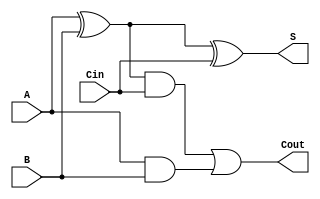
module fulladder_gate_level
(
 input A,
 input B,
 input Cin,
 
 output S, 
 output Cout
 );
 
 
wire  p,r,s;
	xor (p,A,B);
	xor (S,p,Cin);
 
	and(r,p,Cin);
	and(s,A,B);
	or(Cout,r,s);
 
endmodule
module fulladder_data_flow
( input A,
 input B,
 input Cin,
 
 output   S, 
 output   Cout);
 

assign S = A^B^Cin;
assign Cout = (A&B)|(B&Cin)|(Cin&A);
 
endmodule

module fulladder_behav
(
 input A,
 input B,
 input Cin,
 
 output S, 
 output Cout
 );
 
assign {Cout,S} =  Cin + A + B;
 
endmodule


module fulladder_gate_level_tb;
reg A, B, Cin;
wire S, Cout;
 integer i;
fulladder_gate_level FA (.A(A),.B(B) ,.Cin(Cin), .S(S), .Cout(Cout));
  
initial
begin
{A,B,Cin} <= 3'b000;
for(i=1;i<20; i=i+1)
begin
$monitor($time, "\tA=%b\t    B=%b\t   Cin=%b\t   S=%b\t    Cout=%b", A, B,Cin, S,Cout);
#5{A,B,Cin} <= $random%8;
end
//always #5 {A,B,Cin}<=$random%8;

 #45 $finish;
end

endmodule